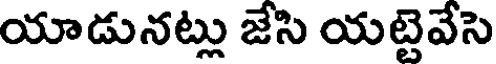
యాడునట్లు జేసి యట్టెవేసె